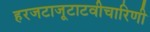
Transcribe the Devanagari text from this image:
हरजटाजूटाटवीचारिणी